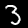
Digit: 3